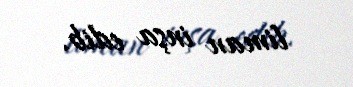
liman inşa edib.